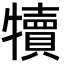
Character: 犢